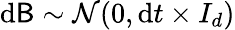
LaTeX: \mathrm{d}\mathsf{B}\sim\mathcal{N}(0,\mathrm{d}t\times I_{d})